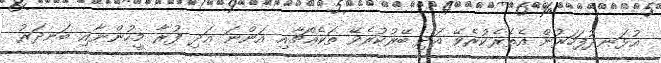
އުޅަނދުފަހަރުން އެތެރެކުރެވޭ އަދި ބޭރުކުރެވޭ ތަކެއްޗާއި އަންނަ އަދި ފުރާ މީހުންނާއި ބަނދަރު